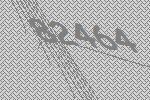
82464